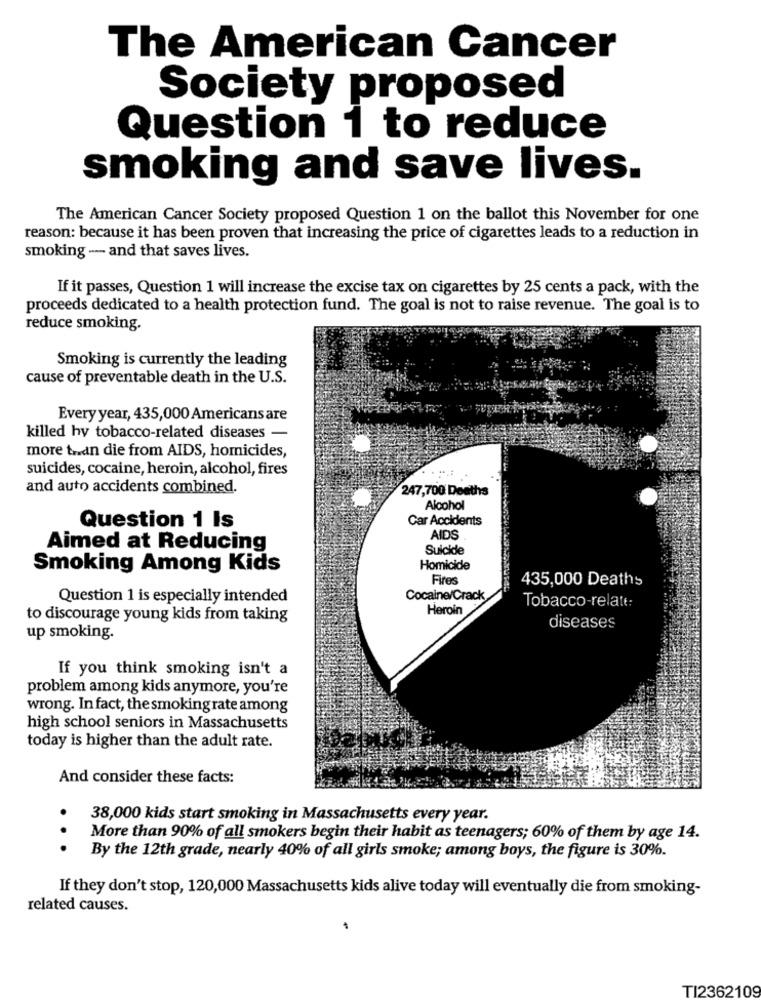
The American Cancer
Society proposed
Question 1 to reduce
smoking and save lives.
The American Cancer Society proposed Question 1 on the ballot this November for one
reason: because it has been proven that increasing the price of cigarettes leads to a reduction in
smoking --- and that saves lives.
If it passes, Question 1 will increase the excise tax on cigarettes by 25 cents a pack, with the
proceeds dedicated to a health protection fund. The goal is not to raise revenue. The goal is to
reduce smoking.
Smoking is currently the leading
cause of preventable death in the U.S.
Every year, 435,000 Americans are
killed hy tobacco-related diseases -
more tran die from AIDS, homicides,
suicides, cocaine, heroin, alcohol, fires
.-.:
and auto accidents combined.
247,700 Deaths
Alcohol
Car Accidents
Question 1 Is
AIDS
Aimed at Reducing
Suicide
Smoking Among Kids
Homicide
Fires
435,000 Deaths
Question 1 is especially intended
Cocaine/Crack
Heroin
Tobacco-relate:
to discourage young kids from taking
diseases
up smoking.
If you think smoking isn't a
problem among kids anymore, you're
wrong. In fact, the smoking rate among
high school seniors in Massachusetts
today is higher than the adult rate.
And consider these facts:
.
38,000 kids start smoking in Massachusetts every year.
More than 90% of all smokers begin their habit as teenagers; 60% of them by age 14.
. .
By the 12th grade, nearly 40% of all girls smoke; among boys, the figure is 30%.
If they don't stop, 120,000 Massachusetts kids alive today will eventually die from smoking-
related causes.
TI2362109